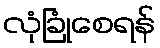
လုံခြုံစေရန်